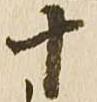
十